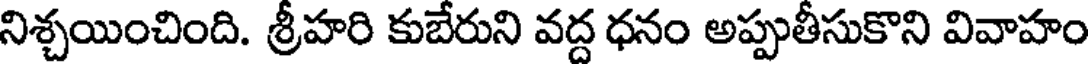
నిశ్చయించింది. శ్రీహరి కుబేరుని వద్ద ధనం అప్పుతీసుకొని వివాహం